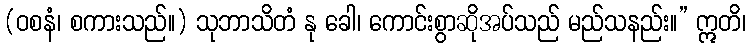
(ဝစနံ၊ စကားသည်။) သုဘာသိတံ နု ခေါ၊ ကောင်းစွာဆိုအပ်သည် မည်သနည်း။” ဣတိ၊